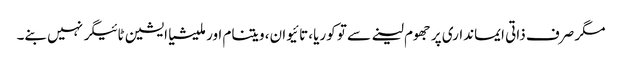
مگر صرف ذاتی ایمانداری پر جھوم لینے سے تو کوریا، تائیوان، ویتنام اور ملیشیا ایشین ٹائیگر نہیں بنے۔